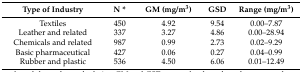
| Type of Industry | N * | GM (mg/m3) | GSD | Range (mg/m3) |
 | --- | --- | --- | --- | --- |
 | Textiles | 450 | 4.92 | 9.54 | 0.00–7.87 |
 | Leather and related | 337 | 3.27 | 4.86 | 0.00–28.94 |
 | Chemicals and related | 987 | 0.99 | 2.73 | 0.02–9.29 |
 | Basic pharmaceutical | 427 | 0.06 | 0.27 | 0.04–0.99 |
 | Rubber and plastic | 536 | 4.50 | 6.06 | 0.01–12.49 |